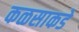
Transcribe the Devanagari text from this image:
कळसाकडे